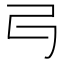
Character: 𠃚